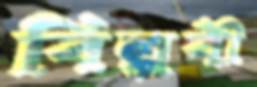
বিল্পবী